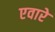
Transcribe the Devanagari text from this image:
एवारे